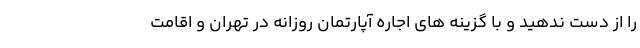
را از دست ندهید و با گزینه های اجاره آپارتمان روزانه در تهران و اقامت